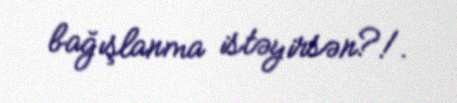
bağışlanma istəyirsən?!.